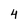
Character: 4